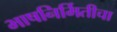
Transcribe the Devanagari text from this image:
भाषनिर्मितीचा